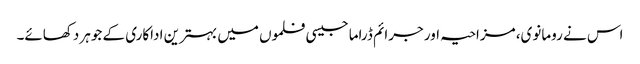
اس نے رومانوی، مزاحیہ اور جرائم ڈراما جیسی فلموں میں بہترین اداکاری کے جوہر دکھائے۔